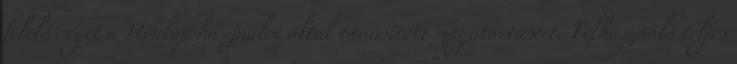
felelősséget a Honlap használói által tanúsított magatartásért. Felhasználó teljes